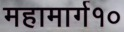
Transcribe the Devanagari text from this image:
महामार्ग१०